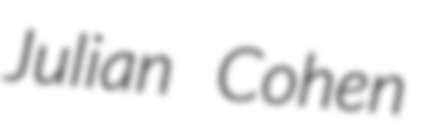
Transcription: Julian Cohen